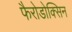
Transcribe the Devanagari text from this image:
फैरोडोक्सिन